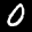
Label: 0